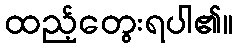
ထည့်တွေးရပါ၏။